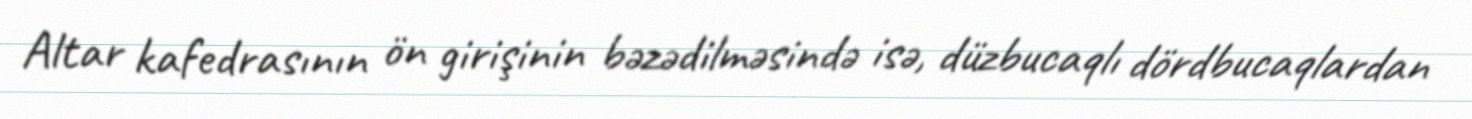
Altar kafedrasının ön girişinin bəzədilməsində isə, düzbucaqlı dördbucaqlardan